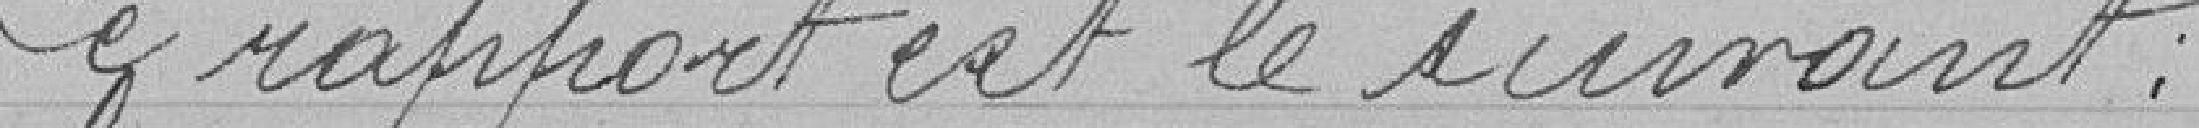
Ce rapport est le suivant